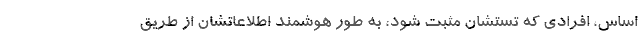
اساس، افرادی که تستشان مثبت شود، به طور هوشمند اطلاعاتشان از طریق